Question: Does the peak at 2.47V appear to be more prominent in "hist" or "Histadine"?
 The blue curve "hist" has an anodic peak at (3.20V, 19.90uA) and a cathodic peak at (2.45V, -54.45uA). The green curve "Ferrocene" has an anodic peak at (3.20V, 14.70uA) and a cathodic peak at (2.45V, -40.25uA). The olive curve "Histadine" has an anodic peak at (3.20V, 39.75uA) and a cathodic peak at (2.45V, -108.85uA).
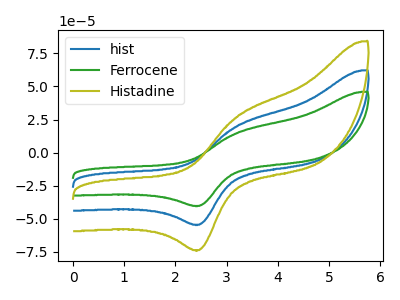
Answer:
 <answer>The peak at 2.47V is lower in "hist" than in "Histadine".</answer>
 <eval>lower</eval>